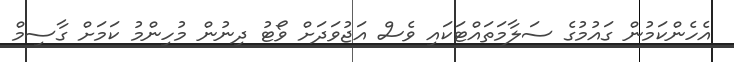
އެހެންކަމުން ގައުމުގެ ސަލާމަތައްޓަކައި ވެސް އަޖުވަދަށް ވޯޓު ދިނުން މުހިންމު ކަމަށް ގާސިމް